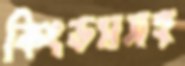
কিংডমসহ